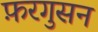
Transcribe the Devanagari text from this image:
फ़रगुसन